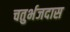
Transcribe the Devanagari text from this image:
चतुर्भजदास